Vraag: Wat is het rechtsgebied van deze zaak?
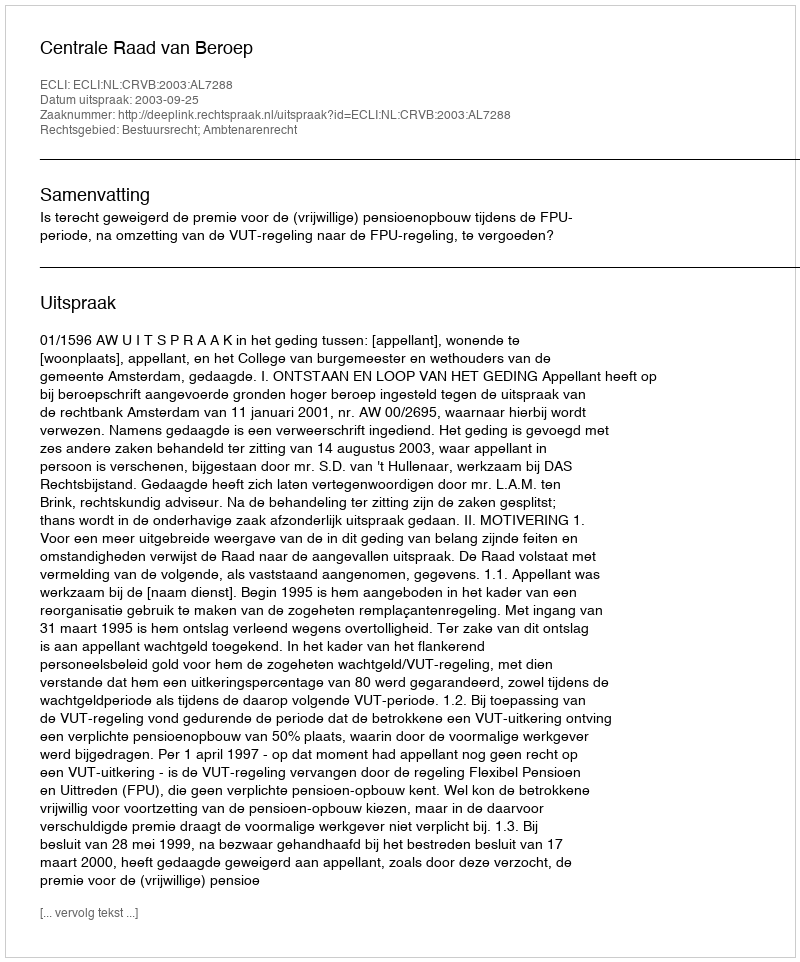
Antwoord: Bestuursrecht; Ambtenarenrecht